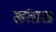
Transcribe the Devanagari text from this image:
खंताऊ